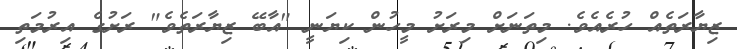
ޒިޔާރަތެއް ހުރެއެވެ. މިތަނަށް މިރަށު މީހުން ކިޔަނީ "އާބޭ ޒިޔާރަތެވެ" ރަށުގެ އިރުމަތި